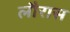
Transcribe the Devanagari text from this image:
लौरास